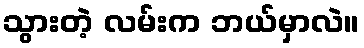
သွားတဲ့ လမ်းက ဘယ်မှာလဲ။